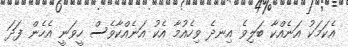
އެކަމަކު އަނެއްކާ ބަލިވެ އިނދެ ވިހެއުމާ އެކު އަނެއްކާވެސް ހީވަނީ އެހެން ފަދަ